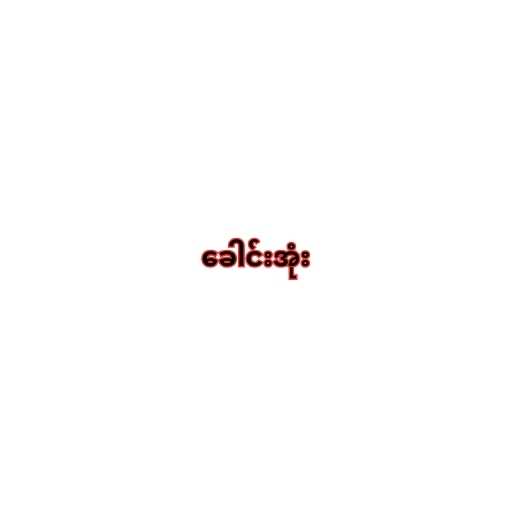
ခေါင်းအုံး